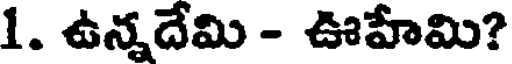
1. ఉన్నదేమి - ఊహేమి?